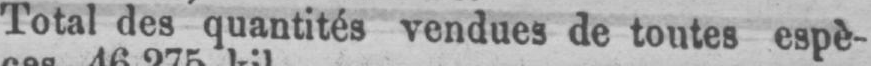
Total des quantités vendues de toutes espè-